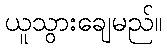
ယူသွားချေမည်။